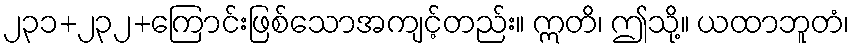
၂၃၁+၂၃၂+ကြောင်းဖြစ်သောအကျင့်တည်း။ ဣတိ၊ ဤသို့။ ယထာဘူတံ၊